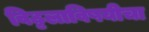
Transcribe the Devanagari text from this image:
विठ्ठलाविषयीचा